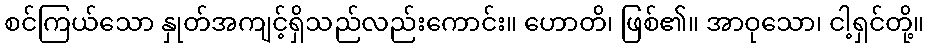
စင်ကြယ်သော နှုတ်အကျင့်ရှိသည်လည်းကောင်း။ ဟောတိ၊ ဖြစ်၏။ အာဝုသော၊ ငါ့ရှင်တို့။